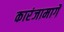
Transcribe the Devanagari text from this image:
कारंजामार्गे